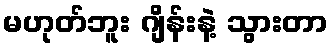
မဟုတ်ဘူး ဂျိန်းနဲ့ သွားတာ